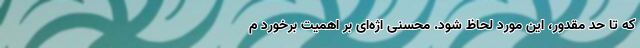
که تا حد مقدور، این مورد لحاظ شود. محسنی اژه‌ای بر اهمیت برخورد م